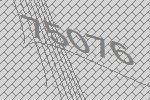
75076